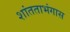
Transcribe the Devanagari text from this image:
शांतताभंगास